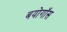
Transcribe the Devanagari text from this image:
बयोगॉस